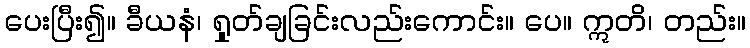
ပေးပြီး၍။ ခီယနံ၊ ရှုတ်ချခြင်းလည်းကောင်း။ ပေ။ ဣတိ၊ တည်း။